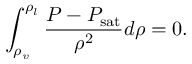
\int _ { \rho _ { v } } ^ { \rho _ { l } } \frac { P - P _ { \mathrm { s a t } } } { \rho ^ { 2 } } d \rho = 0 .